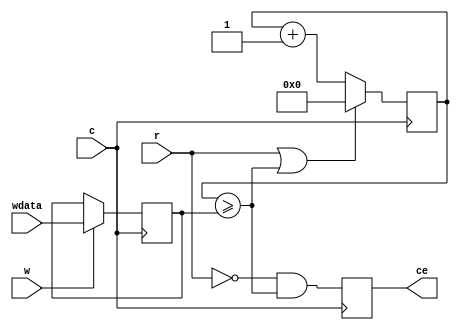
module swd_clockdiv(input c, r, w, input [7:0] wdata, output reg ce = 0);
   reg [7:0] count = 0;
   reg [7:0] div = 4;
   always @ (posedge c)
     begin
        if(w)
          div <= wdata;
        if(r || (count >= div))
          count <= 1'b0;
        else
          count <= count + 1'b1;
        ce <= !r && (count >= div);
     end
endmodule